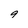
Character: q